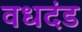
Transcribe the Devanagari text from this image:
वधदंड